Indian journal of veterinary science and animal husbandry - Volume 5,
Year: 1935
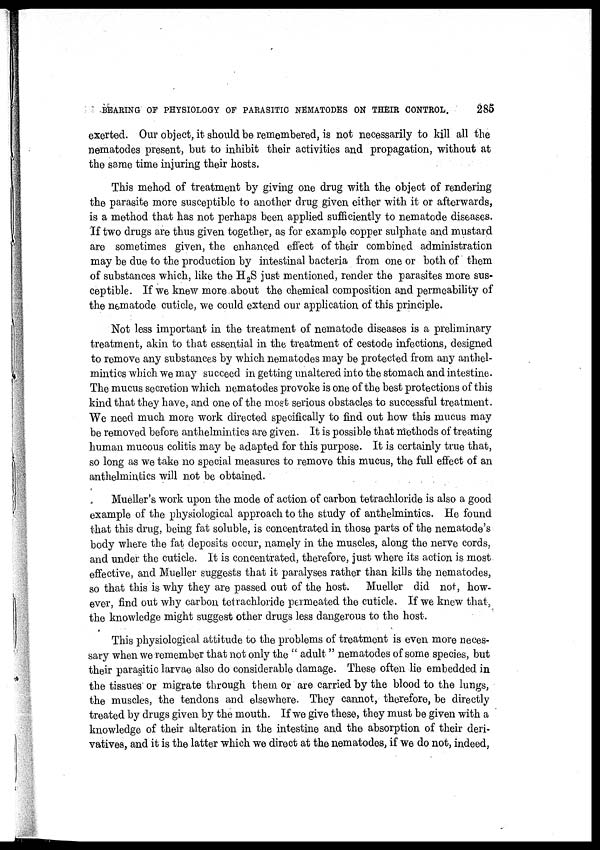
BEARING OF PHYSIOLOGY OF PARASITIC NEMATODES ON THEIR CONTROL.
285
exerted. Our object, it should be remembered, is not necessarily to kill all the
nematodes present, but to inhibit their activities and propagation, without at
the same time injuring their hosts.
This mehod of treatment by giving one drug with the object of rendering
the parasite more susceptible to another drug given either with it or afterwards,
is a method that has not perhaps been applied sufficiently to nematode diseases.
If two drugs are thus given together, as for example copper sulphate and mustard
are sometimes given, the enhanced effect of their combined administration
may be due to the production by intestinal bacteria from one or both of them
of substances which, like the H 2 S just mentioned, render the parasites more sus-
ceptible. If we knew more about the chemical composition and permeability of
the nematode cuticle, we could extend our application of this principle.
Not less important in the treatment of nematode diseases is a preliminary
treatment, akin to that essential in the treatment of cestode infections, designed
to remove any substances by which nematodes may be protected from any anthel-
mintics which we may succeed in getting unaltered into the stomach and intestine.
The mucus secretion which nematodes provoke is one of the best protections of this
kind that they have, and one of the most serious obstacles to successful treatment.
We need much more work directed specifically to find out how this mucus may
be removed before anthelmintics are given. It is possible that methods of treating
human mucous colitis may be adapted for this purpose. It is certainly true that,
so long as we take no special measures to remove this mucus, the full effect of an
anthelmintics will not be obtained.
Mueller's work upon the mode of action of carbon tetrachloride is also a good
example of the physiological approach to the study of anthelmintics. He found
that this drug, being fat soluble, is concentrated in those parts of the nematode's
body where the fat deposits occur, namely in the muscles, along the nerve cords,
and under the cuticle. It is concentrated, therefore, just where its action is most
effective, and Mueller suggests that it paralyses rather than kills the nematodes,
so that this is why they are passed out of the host.
Mueller did not, how-
ever, find out why carbon tetrachloride permeated the cuticle. If we knew that,
the knowledge might suggest other drugs less dangerous to the host.
This physiological attitude to the problems of treatment is even more neces-
sary when we remember that not only the " adult " nematodes of some species, but
their parasitic larvae also do considerable damage. These often lie embedded in
the tissues or migrate through them or are carried by the blood to the lungs,
the muscles, the tendons and elsewhere. They cannot, therefore, be directly
treated by drugs given by the mouth. If we give these, they must be given with a
knowledge of their alteration in the intestine and the absorption of their deri-
vatives, and it is the latter which we direct at the nematodes, if we do not, indeed,